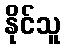
နိုင်သူ